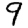
Digit: 9